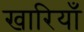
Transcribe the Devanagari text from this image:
खारियाँ